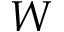
W